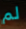
لم